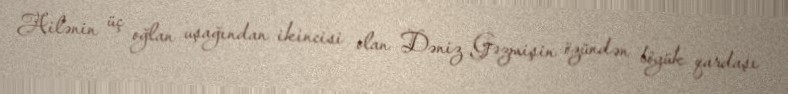
Ailənin üç oğlan uşağından ikincisi olan Dəniz Gəzmişin özündən böyük qardaşı